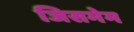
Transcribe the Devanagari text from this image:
जिसमेम